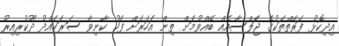
އިދިކޮޅު ފަރާތްތަކުގެ ޖަލްސާއެއް ބޭއްވުމަށް ތިން އަހަރަށް ފަހު ކާނިވާ ސަރަހައްދު ދޫކުރިއިރު